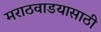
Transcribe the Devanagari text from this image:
मराठवाडयासाठी